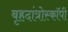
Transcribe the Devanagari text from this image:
बृहदांत्रोस्कॉपी